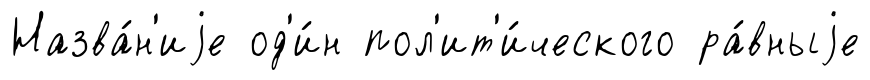
Назва́н'иjе од'и́н пол'ит'и́ческого ра́вныjе